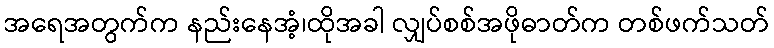
အရေအတွက်က နည်းနေအံ့၊ထိုအခါ လျှပ်စစ်အဖိုဓာတ်က တစ်ဖက်သတ်